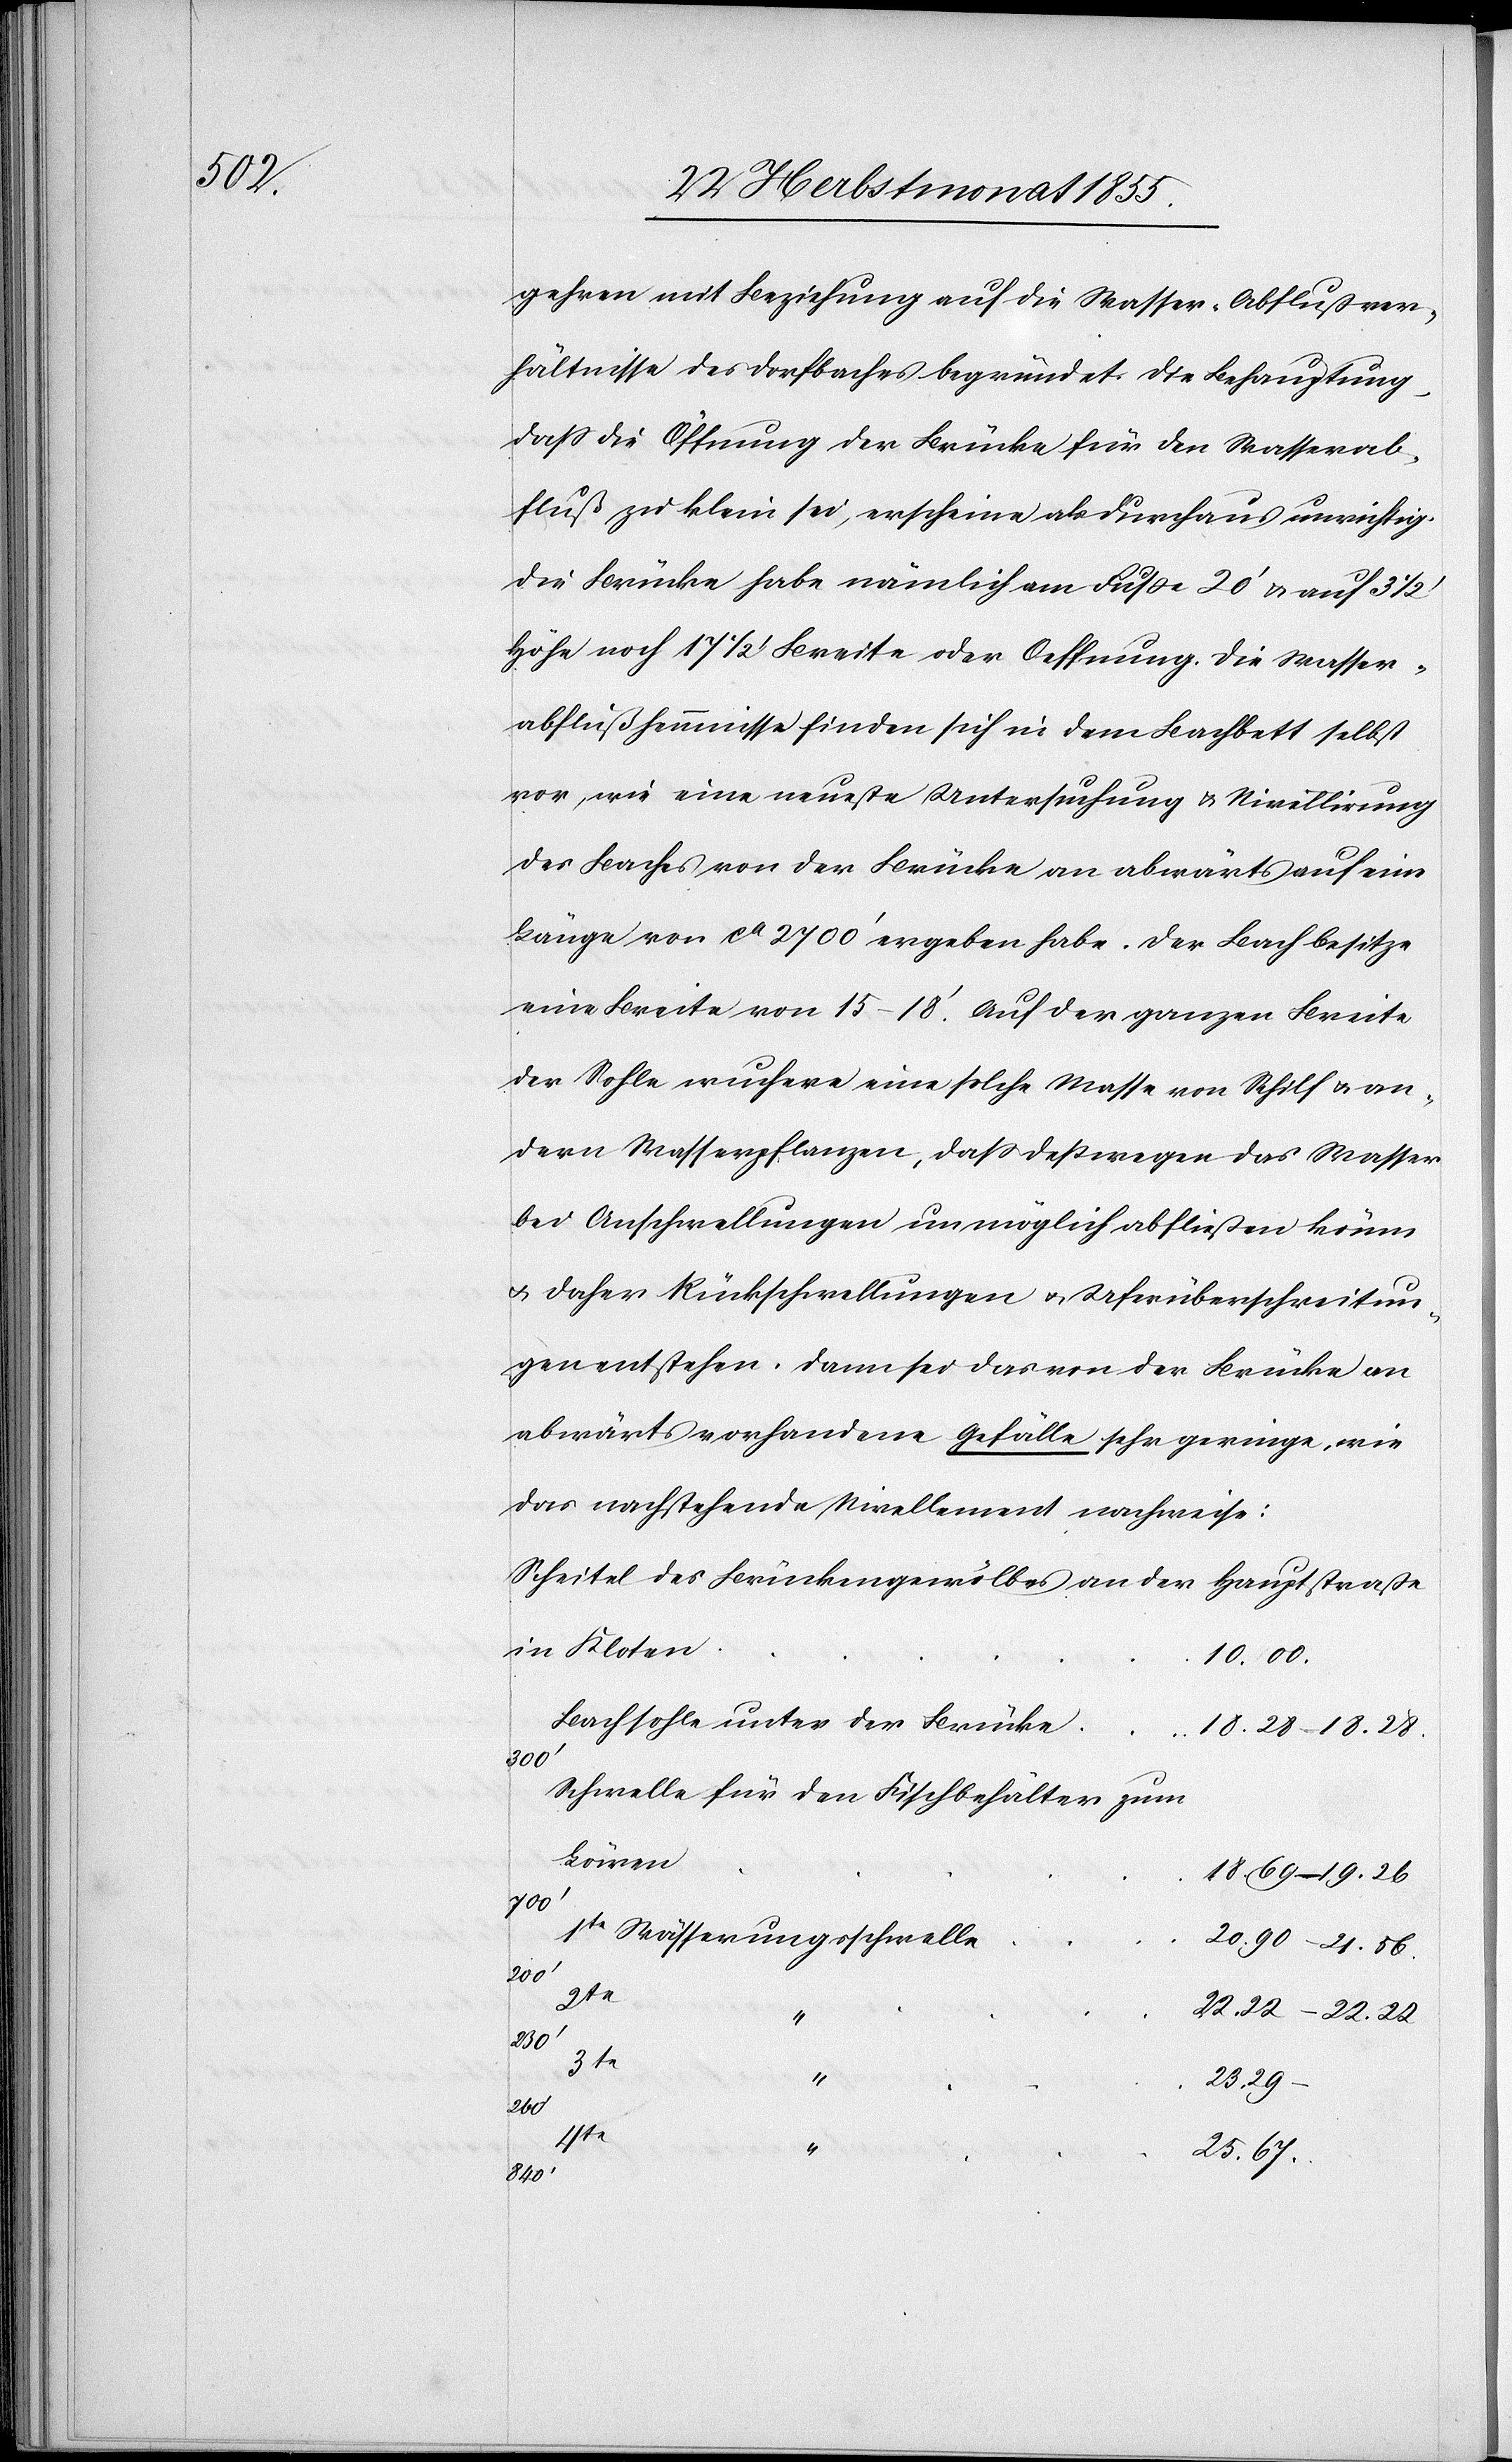
gehren mit Beziehung auf die Wasser-Abflußver¬
hältnisse des Dorfbaches begründet. Die Behauptung,
dass die Öffnung der Brücke für den Wasserab¬
fluß zu klein sei, erscheine als durchaus unrichtig.
Die Brücke habe nämlich am Fuße 20‘ & auf 3 1/2
Höhe noch 17 1/2 ‘ Breite oder Oeffnung. Die Wasser¬
abflußhemmnisse finden sich in dem Bachbett selbst
vor, wie eine neueste Untersuchung & Nivellirung
des Baches von der Brücke an abwärts auf eine
Länge von ca 2700‘ ergeben habe. Der Bach besitze
eine Breite von 15–18‘. Auf der ganzen Breite
der Sohle wuchere eine solche Masse von Schilf & an¬
dern Wasserpflanzen, dass deßwegen das Wasser
bei Anschwellungen unmöglich abfließen könne
& daher Rückschwellungen & Uferüberschreitun¬
gen entstehen. Dann sei das von der Brücke an
abwärts vorhandene Gefälle sehr geringe, wie
das nachstehende Nivellement nachweise:
Scheitel des Brückengewölbes an der Hauptstraße
in Kloten
10.00.
Bachsohle unter der Brücke
18.28 – 18.28.
300‘
Schwelle für den Fischbehälter zum
Löwen
18.69 – 19.26
700‘
1te Wässerungsschwelle
20.90 – 21.56.
200‘
2te
22.22 – 22.22.
230‘
3te
“
23.29 –
260‘
4te
25.67.
840‘